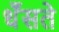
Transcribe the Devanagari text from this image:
धँसते